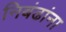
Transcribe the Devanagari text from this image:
निबंढांना